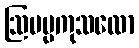
ဩပမ္မကုသလော